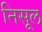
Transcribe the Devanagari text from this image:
निसूल